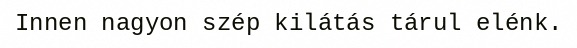
Innen nagyon szép kilátás tárul elénk.